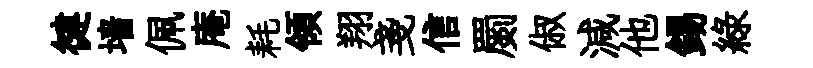
徤墙佩庵耗領翔戔信罽俶減他錫緑